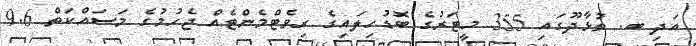
އަދި ބ. ތުޅާދޫގައި 355 މީޓަރުގެ ބޮޑުހިލައިގެ ރިވެޓްމެންޓެއް ޖެހުމުގެ މަސައްކަތް 9.6